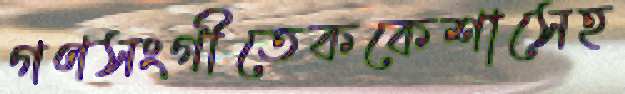
গণসংগীতেককেশাসেহ